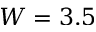
W = 3 . 5